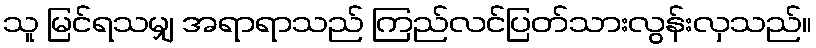
သူ မြင်ရသမျှ အရာရာသည် ကြည်လင်ပြတ်သားလွန်းလှသည်။